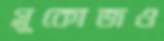
গ্লুকোজও